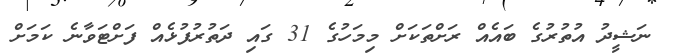
ނަޝީދު އުތުރުގެ ބައެއް ރަށްތަކަށް މިމަހުގެ 31 ގައި ދަތުރުފުޅެއް ފަށްޓަވާނެ ކަމަށް